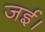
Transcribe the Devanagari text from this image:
जई।